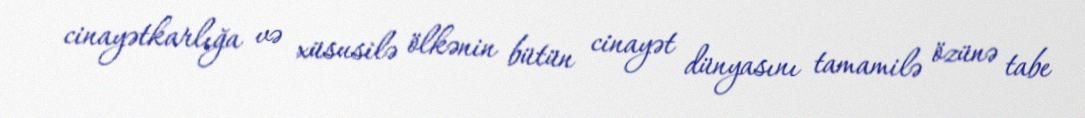
cinayətkarlığa və xüsusilə ölkənin bütün cinayət dünyasını tamamilə özünə tabe